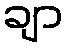
ချာ